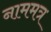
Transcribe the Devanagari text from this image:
नाममत्र